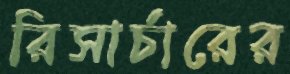
রিসার্চারের